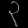
Digit: ၃